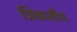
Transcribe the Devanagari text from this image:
त्रिकलीय